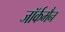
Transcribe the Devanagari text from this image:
जॉर्कमैन